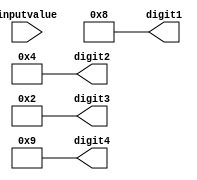
module BCDSplit4(
    input [13:0] inputvalue,
    output [3:0] digit1,
    output [3:0] digit2,
    output [3:0] digit3,
    output [3:0] digit4
    );
    
    assign digit1 = 4'b1000; // inputvalue%10;
    assign digit2 = 4'b0100; // (inputvalue/10)%10;
    assign digit3 = 4'b0010; // (inputvalue/100)%10;
    assign digit4 = 4'b1001; // (inputvalue/1000)%10;
    
endmodule